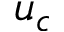
u _ { c }